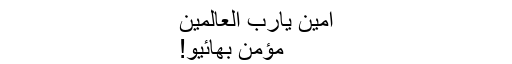
امین یارب العالمین
مؤمن بھائیو!